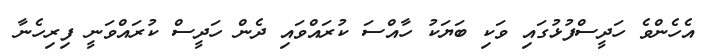
އެހެންވެ ހަދީސްފުޅުގައި ވަކި ބަޔަކު ހާއްސަ ކުރައްވައި ދެން ހަދީސް ކުރައްވަނީ ފިރިހެނާ